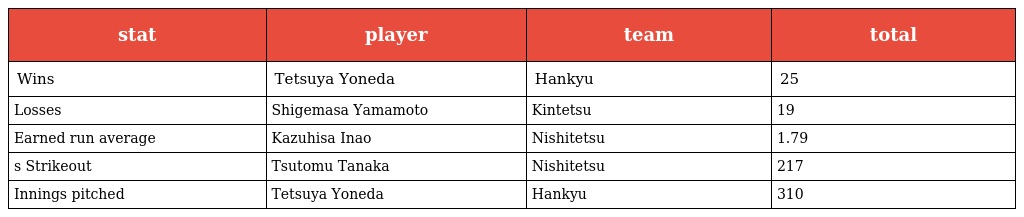
| stat | player | team | total |
 | --- | --- | --- | --- |
 | Wins | Tetsuya Yoneda | Hankyu | 25 |
 | Losses | Shigemasa Yamamoto | Kintetsu | 19 |
 | Earned run average | Kazuhisa Inao | Nishitetsu | 1.79 |
 | s Strikeout | Tsutomu Tanaka | Nishitetsu | 217 |
 | Innings pitched | Tetsuya Yoneda | Hankyu | 310 |